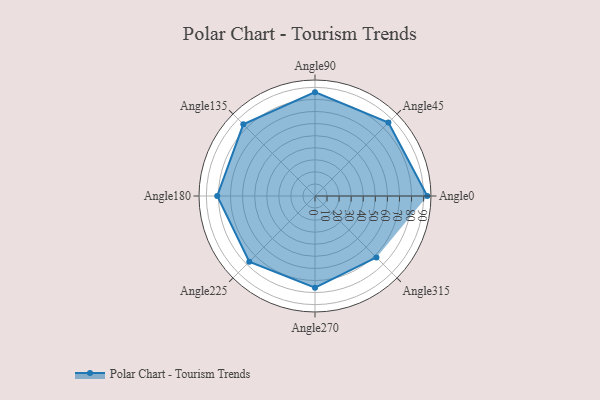
{"axis": {"x": "Angle", "y": "Radius"}, "legend": [""], "data": [{"x": "Angle0", "y": 93.0, "type": ""}, {"x": "Angle45", "y": 86.0, "type": ""}, {"x": "Angle90", "y": 86.0, "type": ""}, {"x": "Angle135", "y": 84.0, "type": ""}, {"x": "Angle180", "y": 81.0, "type": ""}, {"x": "Angle225", "y": 77.0, "type": ""}, {"x": "Angle270", "y": 76.0, "type": ""}, {"x": "Angle315", "y": 72.0, "type": ""}]}